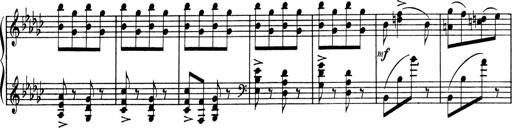
Title: Sonatine pour piano
Composer: Albert Roussel